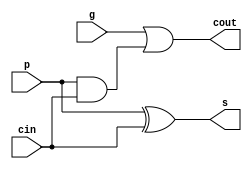
module look_ahead_adder_unit(cout,s,p,g,cin); //this is the smallest unit in our circuit 
    output s,cout;                              //and calculates sum and cout
    input p,g,cin;
    assign cout=g|(p&cin);
    assign s=p^cin;
endmodule